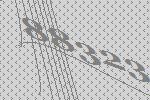
88323